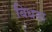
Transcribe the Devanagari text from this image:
बिधना